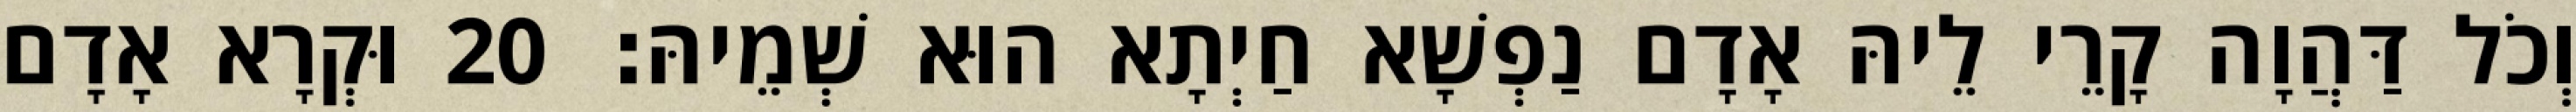
וְכֹל דַּהֲוָה קָרֵי לֵיהּ אָדָם נַפְשָׁא חַיְתָא הוּא שְׁמֵיהּ׃ 20 וּקְרָא אָדָם